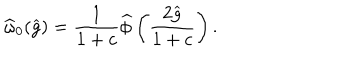
LaTeX: \widehat { \omega } _ { 0 } ( \widehat { g } ) = \frac { 1 } { 1 + c } \widehat { \phi } \left( \frac { 2 \widehat { g } } { 1 + c } \right) .